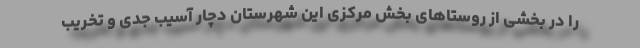
را در بخشی از روستاهای بخش مرکزی این شهرستان دچار آسیب جدی و تخریب